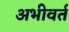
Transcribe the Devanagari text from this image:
अभीवर्त